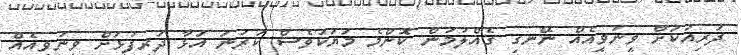
ދަރިއަކަށް ވީނުވީއެއް ނޭނގި ގެއްލުމުން ކޮންމެ މަޔަކުވެސް ކަރުނަ އަޅާ ދަރިފުޅަށް ވީނުވީއެއް